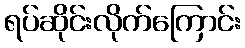
ရပ်ဆိုင်းလိုက်ကြောင်း